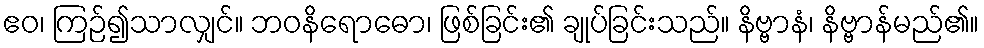
ဧဝ၊ ကြဉ်၍သာလျှင်။ ဘဝနိရောဓော၊ ဖြစ်ခြင်း၏ ချုပ်ခြင်းသည်။ နိဗ္ဗာနံ၊ နိဗ္ဗာန်မည်၏။